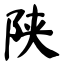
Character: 陕